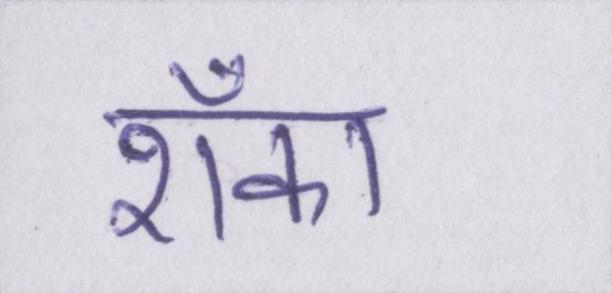
शँका